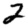
Digit: 2